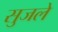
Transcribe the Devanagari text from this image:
सुजले